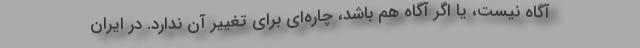
آگاه نيست، يا اگر آگاه هم باشد، چاره‌اي براي تغيير آن ندارد. در ايران